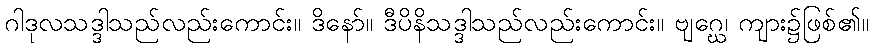
ဂါဒုလသဒ္ဒါသည်လည်းကောင်း။ ဒိနော်။ ဒီပိနိသဒ္ဒါသည်လည်းကောင်း။ ဗျဂ္ဃေ၊ ကျား၌ဖြစ်၏။